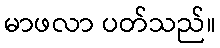
မာဖလာ ပတ်သည်။